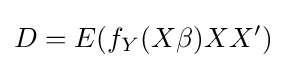
D=E(f_{Y}(X\beta )XX^{\prime })